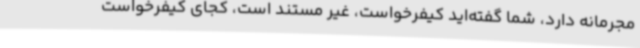
مجرمانه دارد، شما گفته‌اید کیفرخواست، غیر مستند است، کجای کیفرخواست